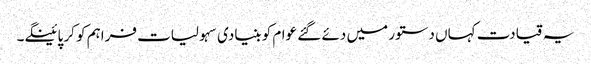
یہ قیادت کہاں دستور میں دئے گئے عوام کو بنیادی سہولیات فراہم کو کر پائینگے۔